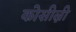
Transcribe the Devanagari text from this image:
कोसील्नी